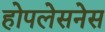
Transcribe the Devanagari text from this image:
होपलेसनेस